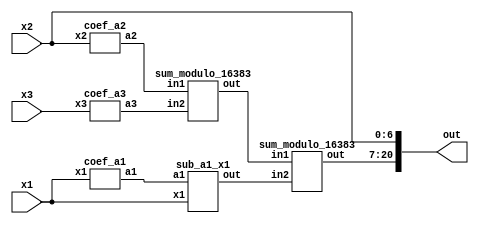
module reverse_converter_129_128_127 (x1, x2, x3, out);
	input [7:0] x1;
	input [6:0] x2;
	input [6:0] x3;
	wire [13:0] a1;
	wire [13:0] a2;
	wire [13:0] a3;
	wire [13:0] sum1;
	wire [13:0] sum2;
	wire [13:0] sum3;
	output [20:0] out;
		
	coef_a1 ca1(x1,a1);
	coef_a2 ca2(x2,a2);
	coef_a3 ca3(x3,a3);
	sum_modulo_16383 sm1(a2, a3, sum1);
	sub_a1_x1 sm2(a1, x1, sum2);
	sum_modulo_16383 sm3(sum1, sum2, sum3);
	
	assign out[0] = x2[0];
	assign out[1] = x2[1];
	assign out[2] = x2[2];
	assign out[3] = x2[3];
	assign out[4] = x2[4];
	assign out[5] = x2[5];
	assign out[6] = x2[6];
	
	assign out[7] = sum3[0];
	assign out[8] = sum3[1];
	assign out[9] = sum3[2];
	assign out[10] = sum3[3];
	assign out[11] = sum3[4];
	assign out[12] = sum3[5];
	assign out[13] = sum3[6];
	assign out[14] = sum3[7];
	assign out[15] = sum3[8];
	assign out[16] = sum3[9];
	assign out[17] = sum3[10];
	assign out[18] = sum3[11];
	assign out[19] = sum3[12];
	assign out[20] = sum3[13];
	
endmodule

module coef_a3 (x3, a3);
	input [6:0] x3;
	output [13:0] a3;
	assign a3[13] = x3[0];
	assign a3[12] = x3[6];
	assign a3[11] = x3[5];
	assign a3[10] = x3[4];
	assign a3[9] = x3[3];
	assign a3[8] = x3[2];
	assign a3[7] = x3[1];
	assign a3[6] = x3[0];
	assign a3[5] = x3[6];
	assign a3[4] = x3[5];
	assign a3[3] = x3[4];
	assign a3[2] = x3[3];
	assign a3[1] = x3[2];
	assign a3[0] = x3[1];
endmodule

module coef_a2 (x2, a2);
	input [6:0] x2;
	output [13:0] a2;
	assign a2[13] = ~x2[6];
	assign a2[12] = ~x2[5];
	assign a2[11] = ~x2[4];
	assign a2[10] = ~x2[3];
	assign a2[9] = ~x2[2];
	assign a2[8] = ~x2[1];
	assign a2[7] = ~x2[0];
	assign a2[6] = 1;
	assign a2[5] = 1;
	assign a2[4] = 1;
	assign a2[3] = 1;
	assign a2[2] = 1;
	assign a2[1] = 1;
	assign a2[0] = 1;
endmodule

module coef_a1 (x1, a1);
	input [7:0] x1;
	output [13:0] a1;
	wire bx;
	
	assign bx = x1[7] ^ x1[0];
	assign a1[13] = bx;
	assign a1[12] = x1[6];
	assign a1[11] = x1[5];
	assign a1[10] = x1[4];
	assign a1[9] = x1[3];
	assign a1[8] = x1[2];
	assign a1[7] = x1[1];
	assign a1[6] = bx;
	assign a1[5] = x1[6];
	assign a1[4] = x1[5];
	assign a1[3] = x1[4];
	assign a1[2] = x1[3];
	assign a1[1] = x1[2];
	assign a1[0] = x1[1];
	
endmodule

// Sum modulo (2^14 - 1) = 16383
module sum_modulo_16383 (in1, in2, out);
	input [13:0] in1;
	input [13:0] in2;
	output reg [13:0] out;
	wire [14:0] data;
	wire [14:0] data2;
	assign data = in1 + in2;
	assign data2 = in1 + in2 + 1;
	always @(*)
	begin
		if (data2[14] == 1)
			out <= data2[13:0];
		else
			out <= data[13:0];
	end
endmodule

module sub_a1_x1 (a1, x1, out);
	input [13:0] a1;
	input [7:0] x1;
	output [13:0] out;
	
	assign out = a1 - x1;
	
endmodule